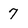
Character: 7